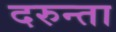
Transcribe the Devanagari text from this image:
दरुन्ता